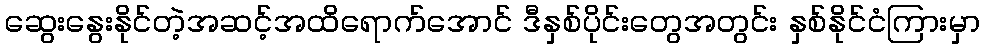
ဆွေးနွေးနိုင်တဲ့အဆင့်အထိရောက်အောင် ဒီနှစ်ပိုင်းတွေအတွင်း နှစ်နိုင်ငံကြားမှာ